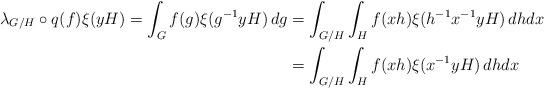
LaTeX: \begin{align*} \lambda_{G/H} \circ q (f) \xi (yH) = \int_G f(g) \xi(g^{-1}yH) \, dg & = \int_{G/H} \int_H f(xh) \xi(h^{-1} x^{-1} y H) \, dh dx \\ & = \int_{G/H} \int_H f(xh) \xi(x^{-1} y H) \, dh dx \end{align*}